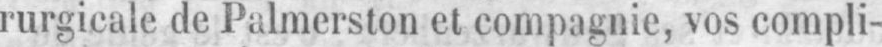
rurgicale de Palmerston et compagnie, vos compli-